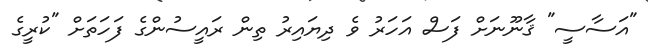
"އަސާސީ" ޤާނޫނަށް ފަސް އަހަރު ވެ ދިޔައިރު ތިން ރައީސުންގެ ފަހަތަށް "ކުރީގެ